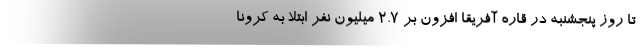
تا روز پنجشنبه در قاره آفریقا افزون بر ۲.۷ میلیون نفر ابتلا به کرونا